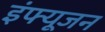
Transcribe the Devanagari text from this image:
इंफ्यूजन